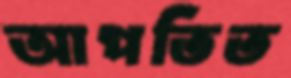
আপতিত